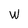
Character: W